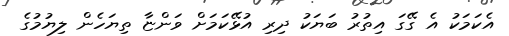
އެކަމަކު އެ ގޭގަ އިތުރު ބަޔަކު ދިރި އުޅޭކަމަށް ވަންޏާ ތިޔަހެން ލިޔުމުގެ